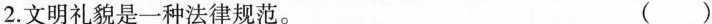
2. 文明礼貌是一种法律规范。 ( )